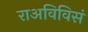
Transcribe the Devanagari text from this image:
राअविविसं